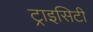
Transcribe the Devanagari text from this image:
ट्राइसिटी